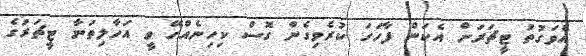
އެވަގުތު ޓީޗަރަށް އެކަން ފާހަގަ ކުރެވިގެން ގޮސް ކިހިނެއްހޭ ވީ އަހާލިތަނާ ޓީޗަރުގެ